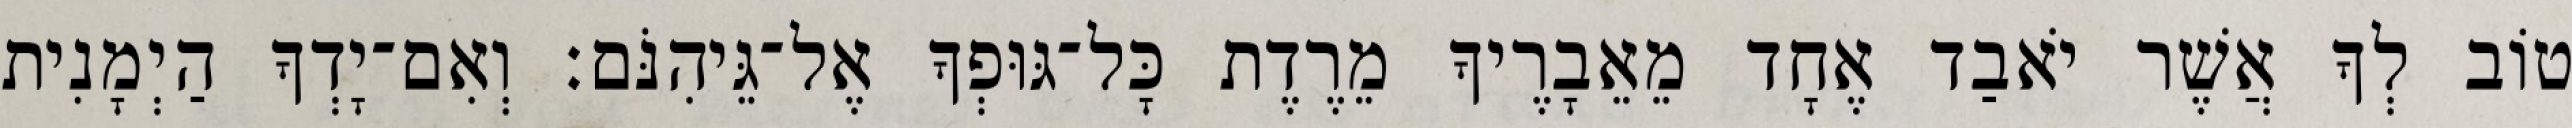
טוֹב לְךָ אֲשֶׁר יֹאבַד אֶחָד מֵאֵבָרֶיךָ מֵרֶדֶת כָּל־גּוּפְךָ אֶל־גֵּיהִנֹּם׃ וְאִם־יָדְךָ הַיְמָנִית